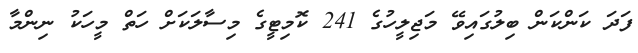
ފަދަ ކަންކަން ބިލުގައިވޭ މަޖިލީހުގެ 241 ކޮމިޓީގެ މިސާލަކަށް ހަތް މީހަކު ނިންމާ